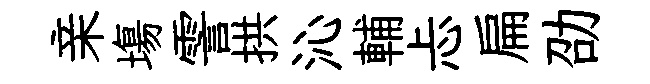
亲塲霅拱沁輔忐扁劭